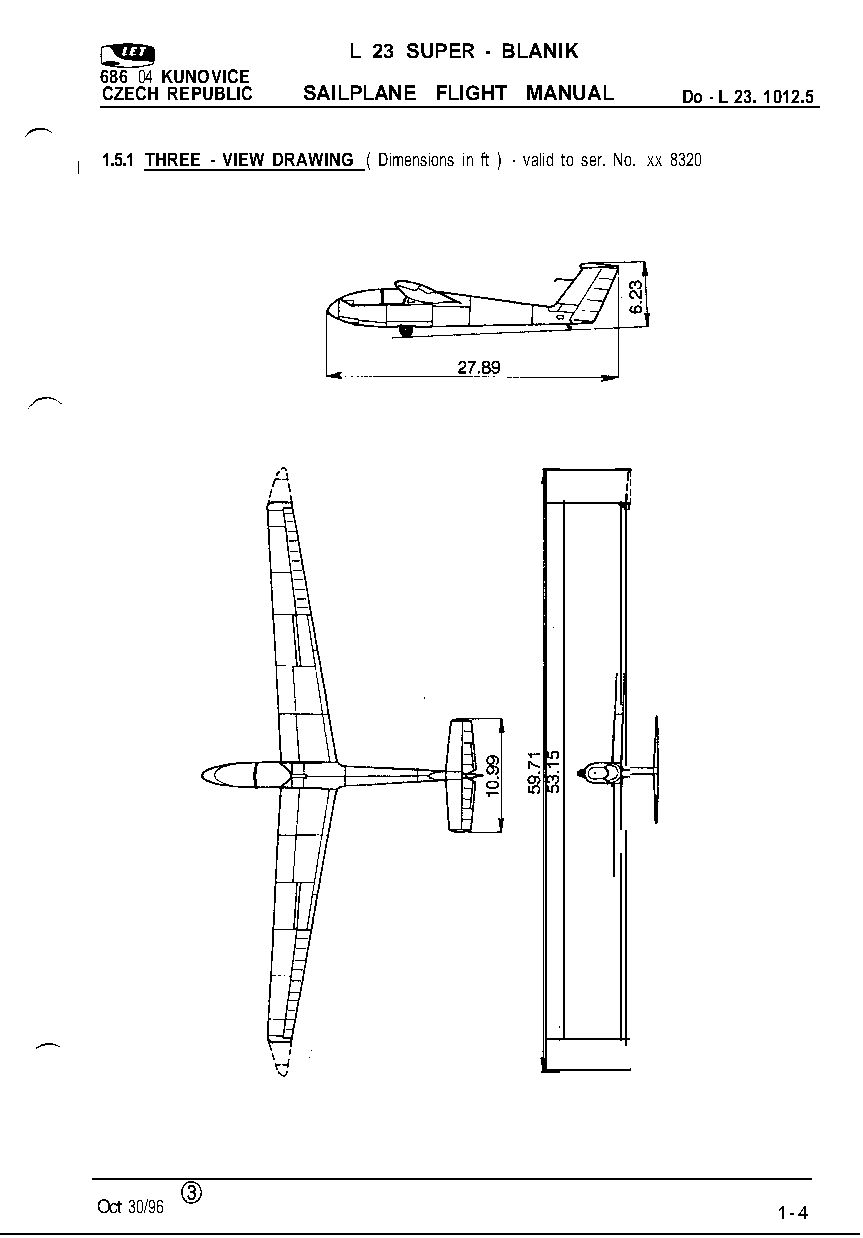
L 23 SUPER - BLANIK
 686 04 KUNOVICE
 CZECH REPUBLIC SAILPLANE FLIGHT MANUAL Do - L 23. 1012.5
 I 1.5.1 THREE - VIEW DRAWING ( Dimensions in ft ) - valid to ser. No. XX 8320
 I
 I
 I
 i
 0
 Oct 30/96                                    1-4